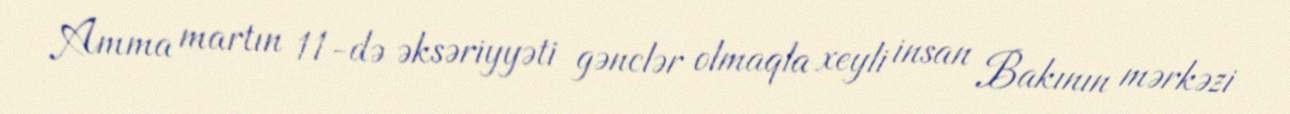
Amma martın 11-də əksəriyyəti gənclər olmaqla xeyli insan Bakının mərkəzi